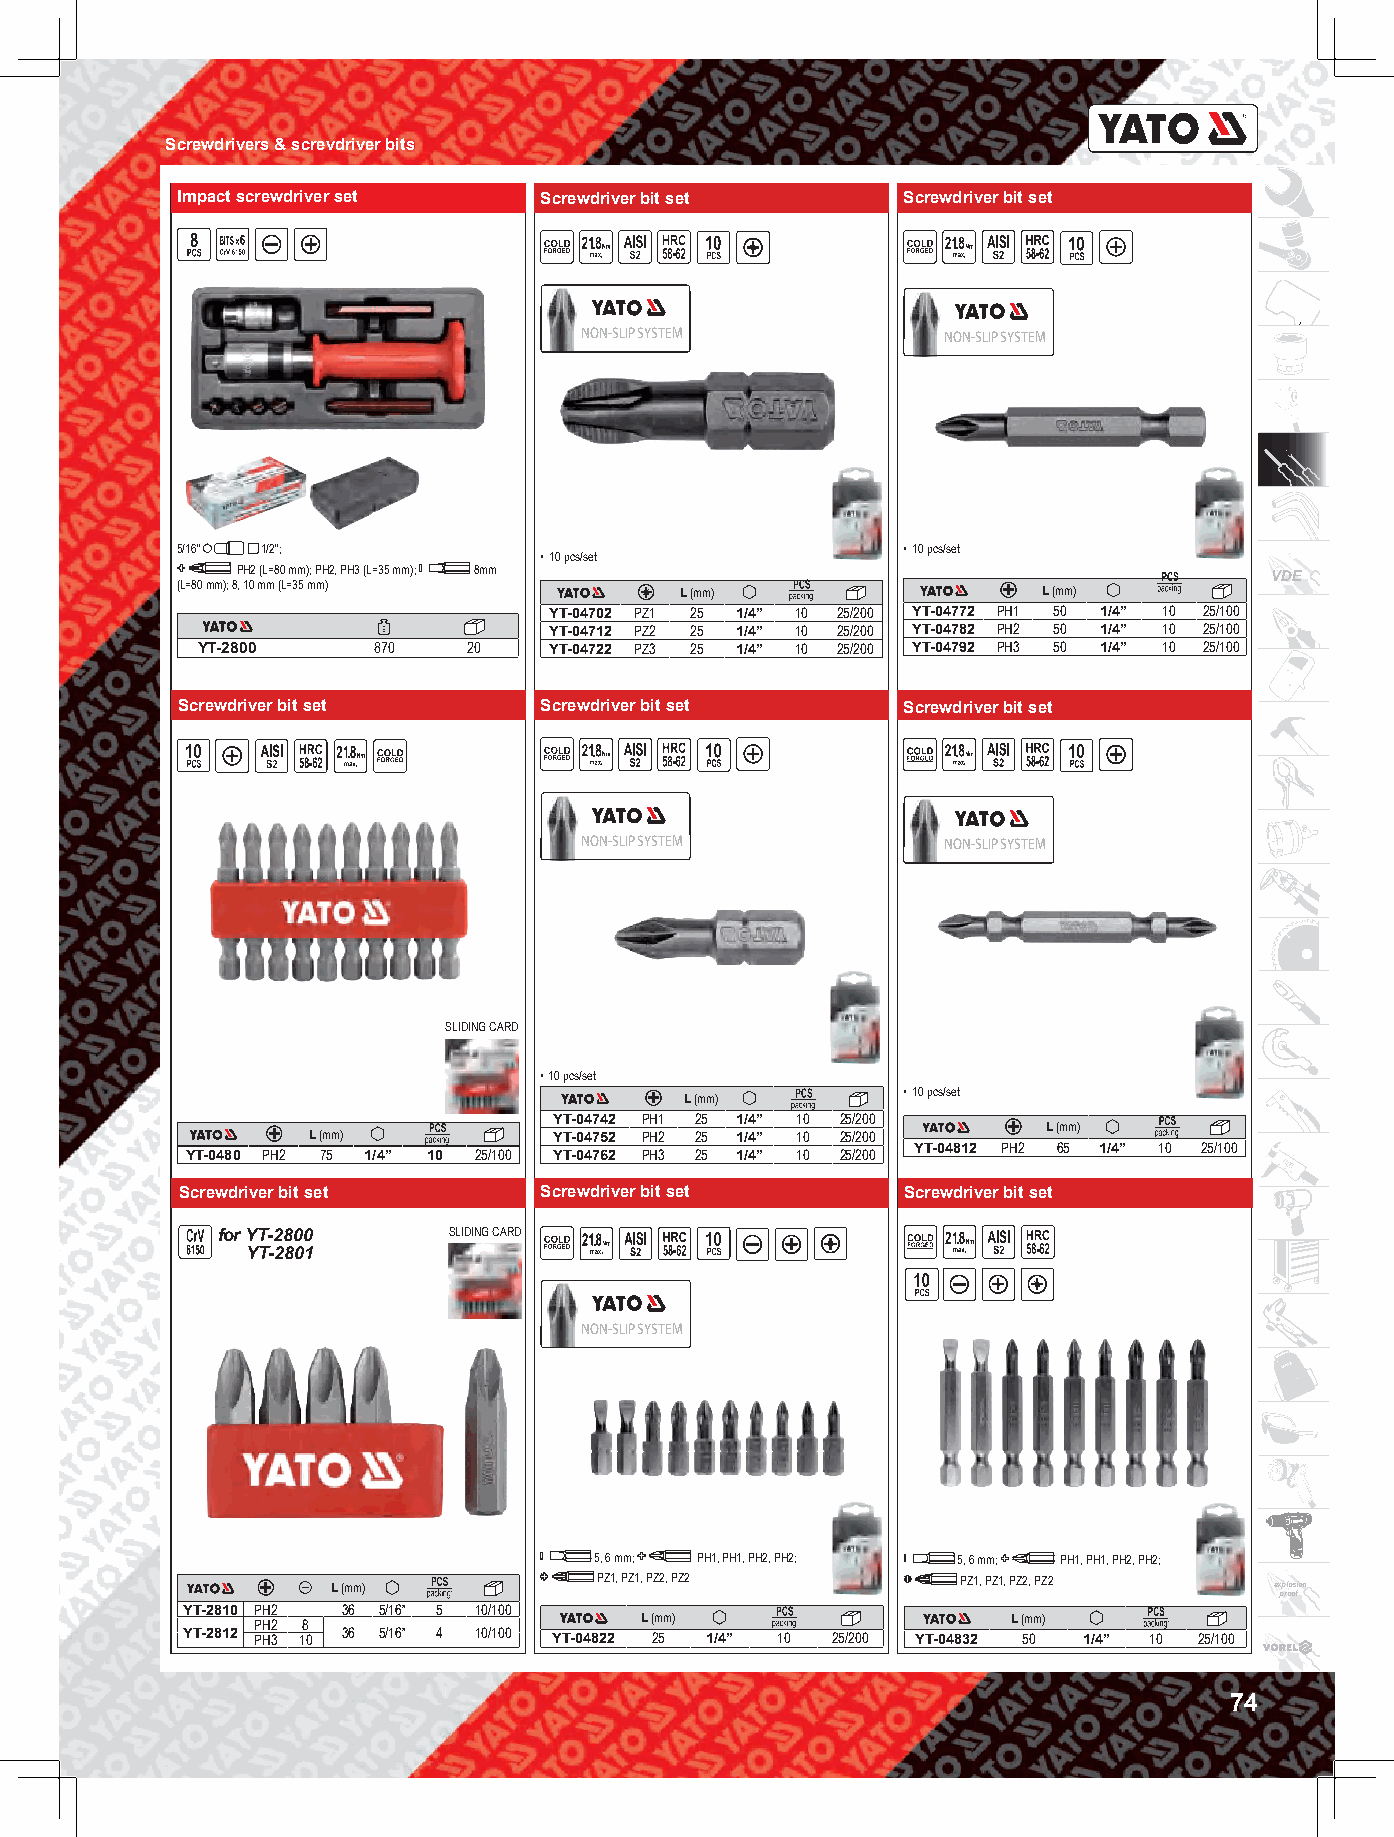
Screwdrivers & screvdriver bits
 Impact screwdriver set  Screwdriver bit set     Screwdriver bit set
 NON-SLIP SYSTEM          NON-SLIP SYSTEM
 5/16” 1/2”;                                     • 10 pcs/set
 • 10 pcs/set
 PH2 (L=80 mm); PH2, PH3 (L=35 mm); 8mm                              VDE
 (L=80 mm); 8, 10 mm (L=35 mm)    L (mm)                  L (mm)
 YT-04702 PZ1 25 1/4” 10 25/200 YT-04772 PH1 50 1/4” 10 25/100
 YT-04712 PZ2 25 1/4” 10 25/200 YT-04782 PH2 50 1/4” 10 25/100
 YT-2800     870   20   YT-04722 PZ3 25 1/4” 10 25/200 YT-04792 PH3 50 1/4” 10 25/100
 B
 Screwdriver bit set     Screwdriver bit set     Screwdriver bit set
 NON-SLIP SYSTEM          NON-SLIP SYSTEM
 SLIDING CARD
 • 10 pcs/set
 • 10 pcs/set
 L (mm)
 YT-04742 PH1 25 1/4” 10 25/200
 L (mm)
 L (mm)           YT-04752 PH2 25 1/4” 10 25/200
 YT-0480 PH2 75 1/4” 10 25/100 YT-04762 PH3 25 1/4” 10 25/200 YT-04812 PH2 65 1/4” 10 25/100
 Screwdriver bit set  B  Screwdriver bit set  B  Screwdriver bit set  B
 for YT-2800     SLIDING CARD
 YT-2801
 NON-SLIP SYSTEM
 5, 6 mm; PH1, PH1, PH2, PH2; 5, 6 mm; PH1, PH1, PH2, PH2;
 L (mm)            PZ1, PZ1, PZ2, PZ2      PZ1, PZ1, PZ2, PZ2  explosion
 proof
 YT-2810 PH2 36 5/16” 5 10/100
 PH2 8                    L (mm)                   L (mm)
 YT-2812 PH3 10 36 5/16” 4 10/100 YT-04822 25 1/4” 10 25/200 YT-04832 50 1/4” 10 25/100
 74